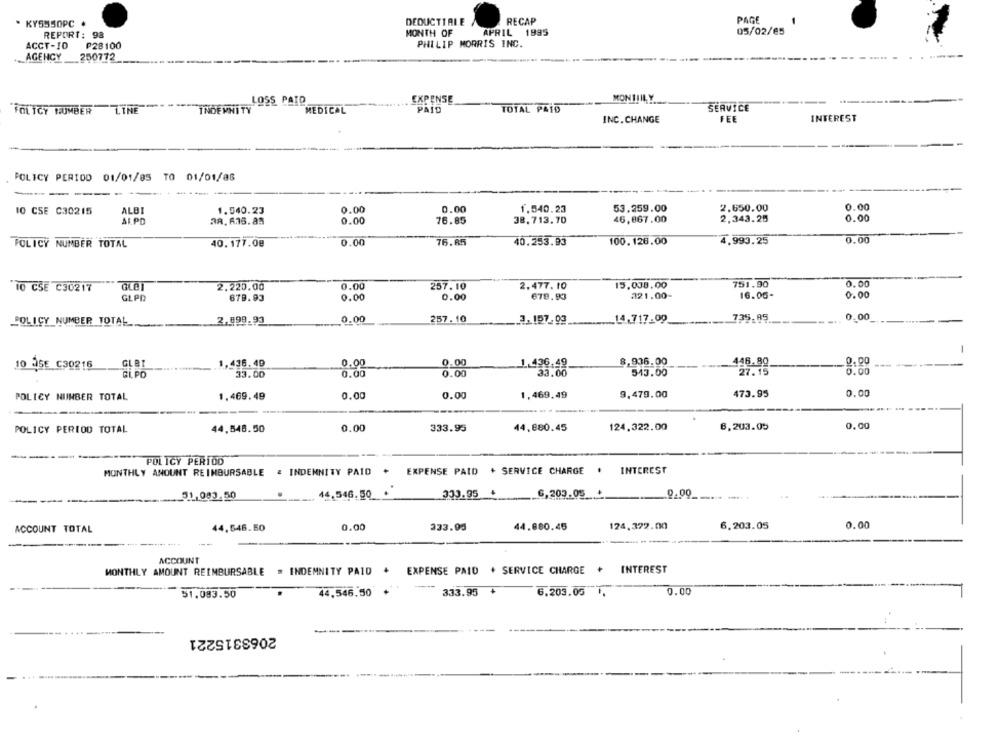
. KY5550PC
DEDUCTTALE
RECAP
PAGE
-
REPORT: 98
MONTH OF
APRIL 1995
05/02/05
ACCT-10
₱28100
PHILIP MORRIS INC.
AGENCY
250772
MONTIILY
LOSS PAID
EXPENSE
POLICY NUMBER
LINE
INDEMNITY
MEDICAL
PAID
TOTAL PAID
SERVICE
INC. CHANGE
FEE
INTEREST
POLICY PERIOD 01/01/85 TO 01/01/08
-----
0.00
53.259.00
2.650.00
0.00
10 CSE C30215
ALBI
1.540.23
0.00
1.540.23
AL PD
38. 635. 85
0.00
76.85
38.713.70
46,867.00
2.343.25
0.00
POLICY NUMBER TOTAL
40.177.08
0.00
76.85
40.253.93
100.126.00
4.993.25
0.00
751.90
0.00
10 CSE C30217
2.220.00
0.00
257.10
2.477.10
15,008.00
679.93
0.00
0.00
678.93
321.00-
16.00-
0.00
GLPP
0.00
257.10
3. 197.99
14.717.09
739.85
0.00
POLICY NUMBER TOTAL
2,899.93
-
GLBT
1,436.49
0.00
1.436.49
8,936.00
446.80
0.00
10 3SE C30216
0.00
0.00
33.00
513.00
27. 15
0.00
GLPO
33.00
0.00
473.95
0.00
POLICY NUMBER TOTAL
1.469.49
0.00
0.00
1,469,49
9.479.00
POLICY PERIOD TOTAL
44.548.50
0.00
333.95
44.880.45
124.322.00
6,203.05
0,00
POLICY PERIOD
MONTHLY AMOUNT REIMBURSABLE & INDEMNITY PAID . EXPENSE PAID + SERVICE CHARGE . INTEREST
51.083.50
44.546.50 +
333.95 +
6,203.05 +
0.00
333.05
44.880.45
124,372.00
6.203.05
0.00
ACCOUNT TOTAL
44.546.50
ACCOUNT
MONTHLY AMOUNT REIMBURSABLE . INDEMNITY PAID . EXPENSE PAID . SERVICE CHARGE +
INTEREST
51.083.50
44.546,50
333.95
6.203.05
0.00
2063315221